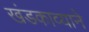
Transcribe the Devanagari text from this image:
खंडकाव्याने